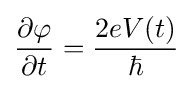
{\frac {\partial \varphi }{\partial t}}={\frac {2eV(t)}{\hbar }}